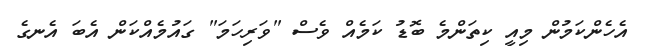
އެހެންކަމުން މިއީ ކިތަންމެ ބޮޑު ކަމެއް ވެސް "ވަރިހަމަ" ގައުމެއްކަން އެބަ އެނގެ